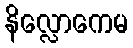
နိလ္လောကေမ